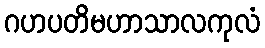
ဂဟပတိမဟာသာလကုလံ